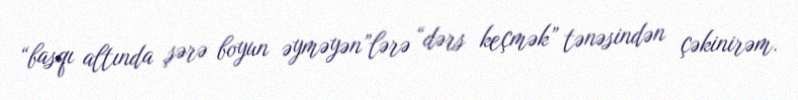
“basqı altında şərə boyun əyməyən”lərə “dərs keçmək” tənəsindən çəkinirəm.